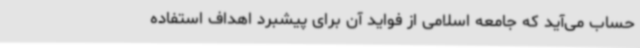
حساب می‌آید که جامعه اسلامی از فواید آن برای پیشبرد اهداف استفاده